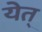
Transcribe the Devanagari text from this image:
येत्